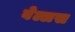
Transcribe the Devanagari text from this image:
बेल्लस